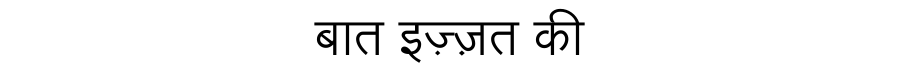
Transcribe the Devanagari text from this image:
बात इज़्ज़त की